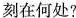
刻在何处?